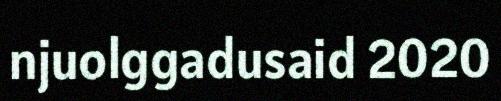
njuolggadusaid 2020